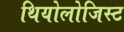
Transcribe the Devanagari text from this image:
थियोलोजिस्ट